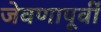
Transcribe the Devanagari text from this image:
जेवणापूर्वी